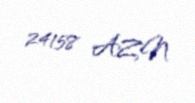
24158 AZN